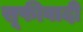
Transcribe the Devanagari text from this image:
सूफीवादी